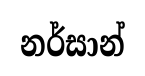
නර්සාන්